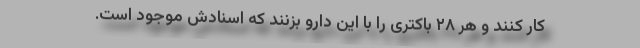
کار کنند و هر ۲۸ باکتری را با این دارو بزنند که اسنادش موجود است.